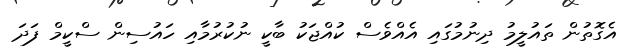
އެގޮތުން ތައުލީމު ދިނުމުގައި އެއްވެސް ކުއްޖަކު ބާކީ ނުކުރުމާއި ހައުސިން ސްކީމް ފަދަ